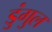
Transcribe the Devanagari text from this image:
डुंगुल